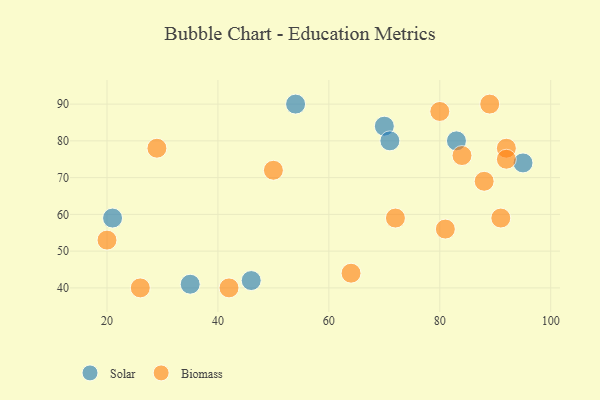
{"axis": {"x": "GDP", "y": "Life Expectancy"}, "legend": ["Biomass", "Solar"], "data": [{"x": "35", "y": 41, "type": "Solar"}, {"x": "21", "y": 59, "type": "Solar"}, {"x": "83", "y": 80, "type": "Solar"}, {"x": "54", "y": 90, "type": "Solar"}, {"x": "70", "y": 84, "type": "Solar"}, {"x": "46", "y": 42, "type": "Solar"}, {"x": "95", "y": 74, "type": "Solar"}, {"x": "71", "y": 80, "type": "Solar"}, {"x": "80", "y": 88, "type": "Biomass"}, {"x": "29", "y": 78, "type": "Biomass"}, {"x": "91", "y": 59, "type": "Biomass"}, {"x": "81", "y": 56, "type": "Biomass"}, {"x": "20", "y": 53, "type": "Biomass"}, {"x": "89", "y": 90, "type": "Biomass"}, {"x": "84", "y": 76, "type": "Biomass"}, {"x": "64", "y": 44, "type": "Biomass"}, {"x": "72", "y": 59, "type": "Biomass"}, {"x": "92", "y": 78, "type": "Biomass"}, {"x": "50", "y": 72, "type": "Biomass"}, {"x": "92", "y": 75, "type": "Biomass"}, {"x": "26", "y": 40, "type": "Biomass"}, {"x": "88", "y": 69, "type": "Biomass"}, {"x": "42", "y": 40, "type": "Biomass"}]}